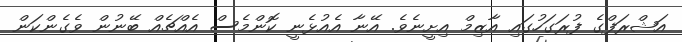
އަޝްރަފްގެ ފުރަގަހުގައި އާޒިމް އިށީނެވެ. އޭނާ އެއުޅެނީ ކޮންމެސް އެއްޗެއް ބޭނުން ވެގެންކަން